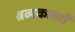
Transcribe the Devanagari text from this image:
श्रव्यकाव्यों